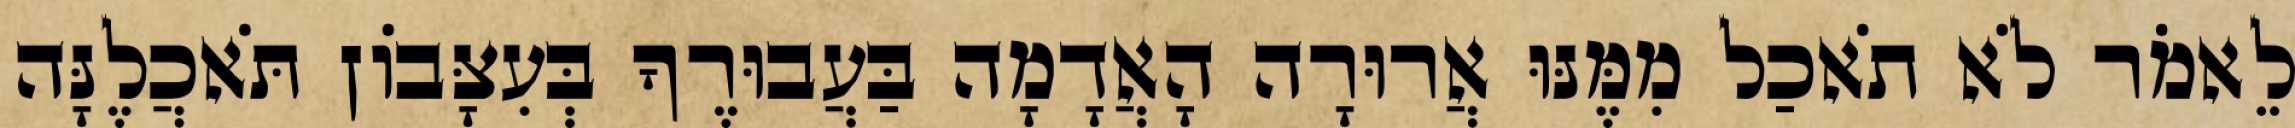
לֵאמֹר לֹא תֹאכַל מִמֶּנּוּ אֲרוּרָה הָאֲדָמָה בַּעֲבוּרֶךָ בְּעִצָּבֹון תֹּאכֲלֶנָּה